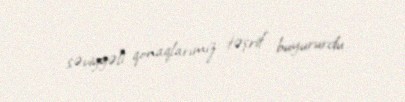
səviyyəli qonaqlarımız təşrif buyururdu.